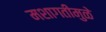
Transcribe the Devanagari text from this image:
मशागतीमुळे